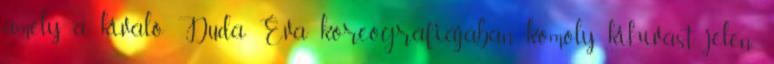
amely a kiváló Duda Éva koreográfiájában komoly kihívást jelen-